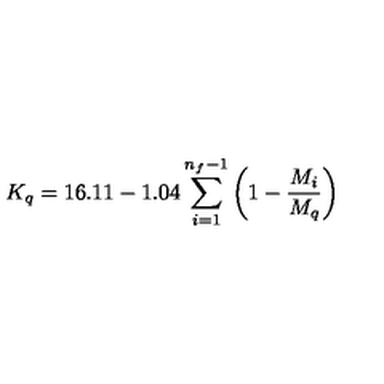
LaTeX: K _ { q } = 1 6 . 1 1 - 1 . 0 4 \sum _ { i = 1 } ^ { n _ { f } - 1 } \left( 1 - \frac { M _ { i } } { M _ { q } } \right)